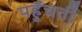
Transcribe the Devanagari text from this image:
पहुँचतीं